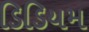
ડિડિયમ